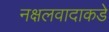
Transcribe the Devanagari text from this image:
नक्षलवादाकडे